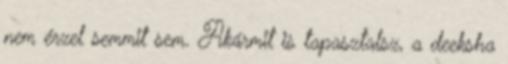
nem érzel semmit sem. Akármit is tapasztalsz, a deeksha